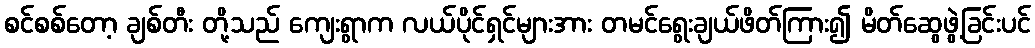
စင်စစ်တော့ ချစ်တီး တို့သည် ကျေးရွာက လယ်ပိုင်ရှင်များအား တမင်ရွေးချယ်ဖိတ်ကြား၍ မိတ်ဆွေဖွဲ့ခြင်းပင်